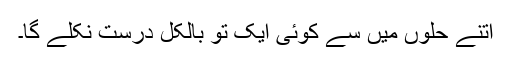
اتنے حلوں میں سے کوئی ایک تو بالکل درست نکلے گا۔